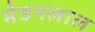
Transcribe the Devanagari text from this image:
मेडनलाल